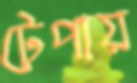
টেপায়